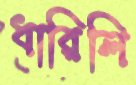
ধারিলি